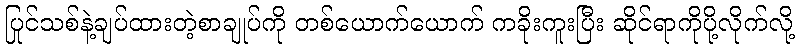
ပြင်သစ်နဲ့ချုပ်ထားတဲ့စာချုပ်ကို တစ်ယောက်ယောက် ကခိုးကူးပြီး ဆိုင်ရာကိုပို့လိုက်လို့